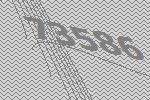
73586